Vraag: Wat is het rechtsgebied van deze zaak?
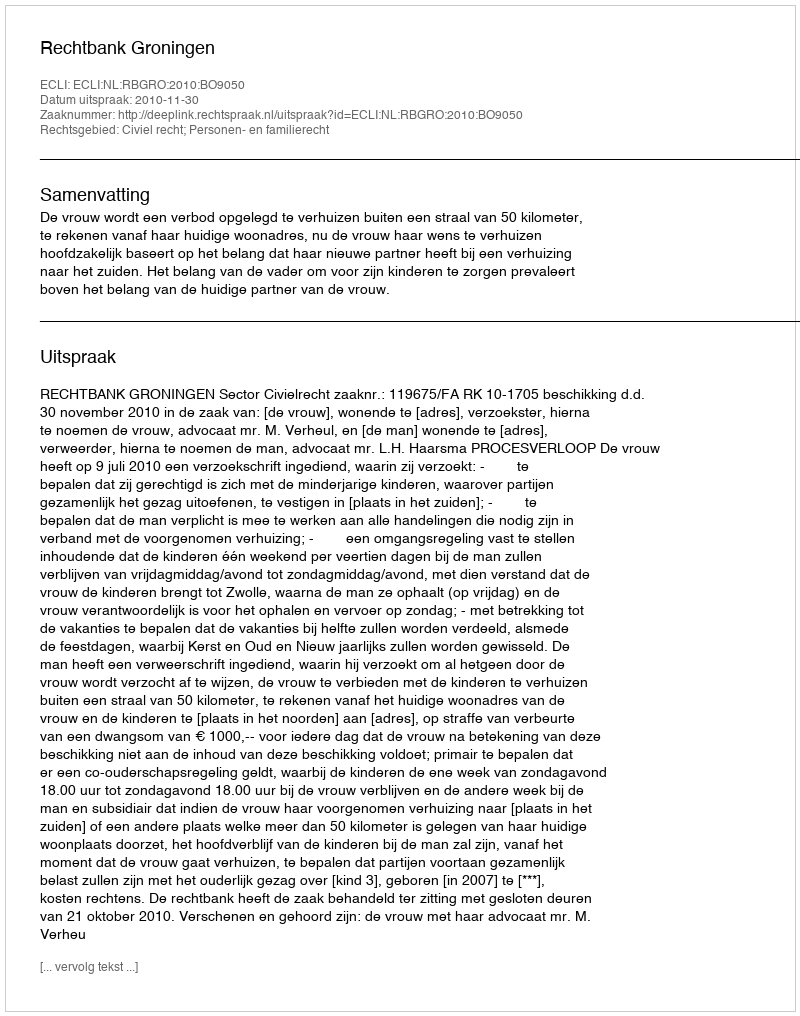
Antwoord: Civiel recht; Personen- en familierecht